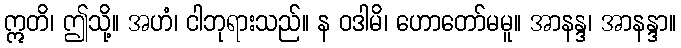
ဣတိ၊ ဤသို့။ အဟံ၊ ငါဘုရားသည်။ န ဝဒါမိ၊ ဟောတော်မမူ။ အာနန္ဒ၊ အာနန္ဒာ။